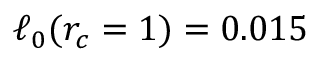
\ell _ { 0 } ( r _ { c } = 1 ) = 0 . 0 1 5